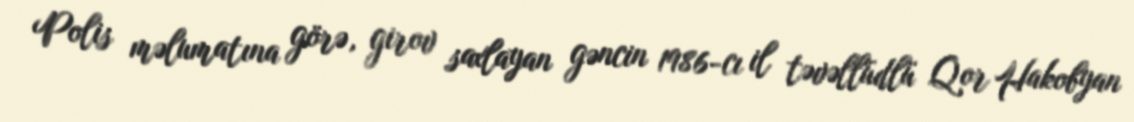
Polis məlumatına görə, girov saxlayan gəncin 1986-cı il təvəllüdlü Qor Hakobyan